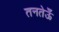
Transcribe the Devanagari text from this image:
तनतेऊँ